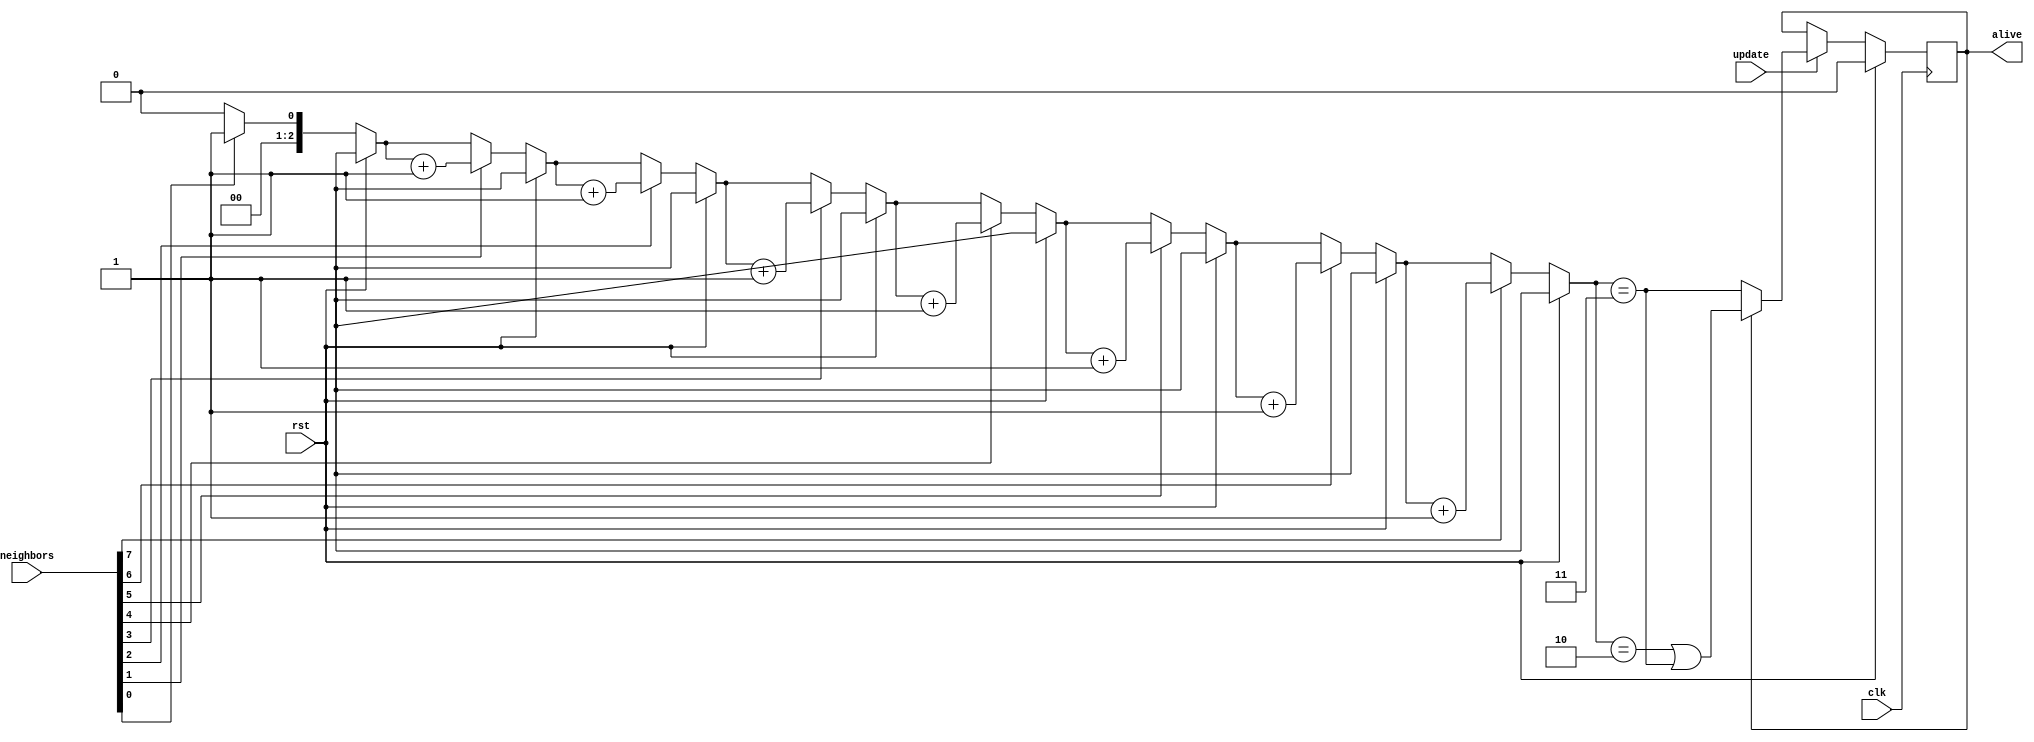
module gol_cell (
    clk, rst,
    update,
    alive,
    neighbors,
);
    parameter INIT_VALUE = 0;

    input clk; input rst;
    input update;
    output reg alive;
    input [7:0] neighbors;

    integer i;
    reg [2:0] popcnt;

    always @ (posedge clk) if(rst) begin
        alive <= INIT_VALUE;
    end else begin
        popcnt = 0;
        for(i = 0; i < 8; i = i+1)
            if(neighbors[i])
                popcnt = popcnt + 1;
        if(update) begin
            if(alive) begin
                alive <= popcnt == 2 || popcnt == 3;
            end else begin
                alive <= popcnt == 3;
            end
        end
    end
endmodule